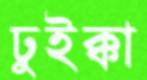
ঢুইক্কা